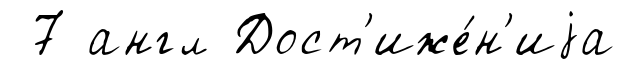
7 англ Дост'иже́н'иjа